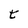
Character: t